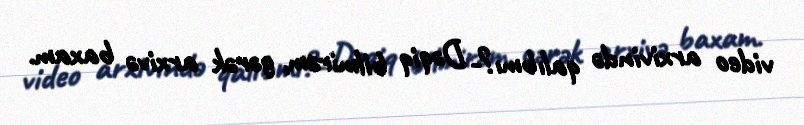
video arxivində qalıbmı?- Dəqiq bilmirəm, gərək arxivə baxam.